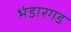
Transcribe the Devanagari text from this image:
भंडारगड